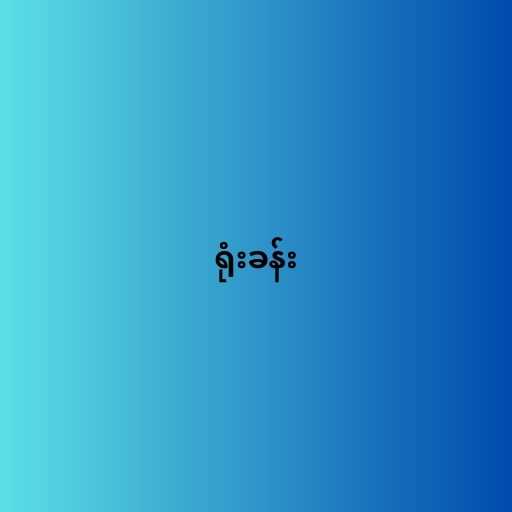
ရုံးခန်း